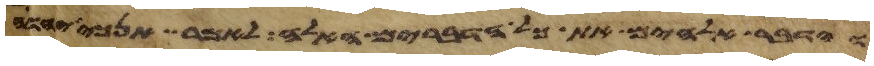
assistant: וידבר אלהים את כל הדברים האלה לאמר אנכי יהוה